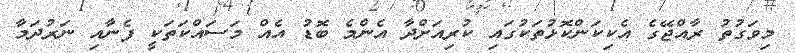
މިވަގުތު ރާއްޖޭގެ އެކިކަންކޮޅުތަކުގައި ކުރިއަށްދާ އެންމެ ބޮޑު އެއް މަސައްކަތަކީ ފެނާއި ނަރުދަމާ